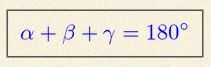
\alpha+\beta+\gamma=180^\circ